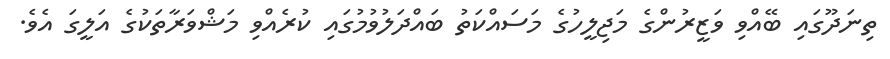
ތިނަދޫގައި ބޭއްވި ވަޒީރުންގެ މަޖިލީހުގެ މަސައްކަތު ބައްދަލުވުމުގައި ކުރެއްވި މަޝްވަރާތަކުގެ އަލީގަ އެވެ.